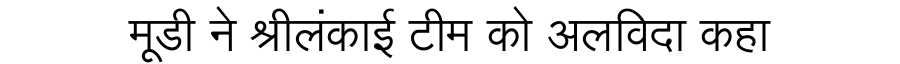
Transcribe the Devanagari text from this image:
मूडी ने श्रीलंकाई टीम को अलविदा कहा